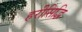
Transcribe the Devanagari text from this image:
हरीसिद्धि